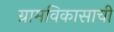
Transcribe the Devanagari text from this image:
ग्रामविकासाची